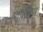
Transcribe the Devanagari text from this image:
पालिपस